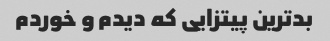
بدترین پیتزایی که دیدم و خوردم